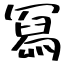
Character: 冩